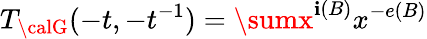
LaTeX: T_{{\calG}}(-t,-t^{-1})=\sumx^{\mathbf{i}(B)}x^{-e(B)}